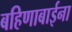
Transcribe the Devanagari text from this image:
बहिणाबाईना